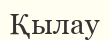
Қылау